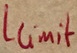
Text: Llimit